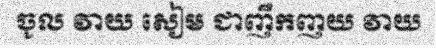
ចូល វាយ សៀម ជាញឹកញយ វាយ